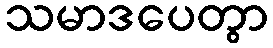
သမာဒပေတွာ